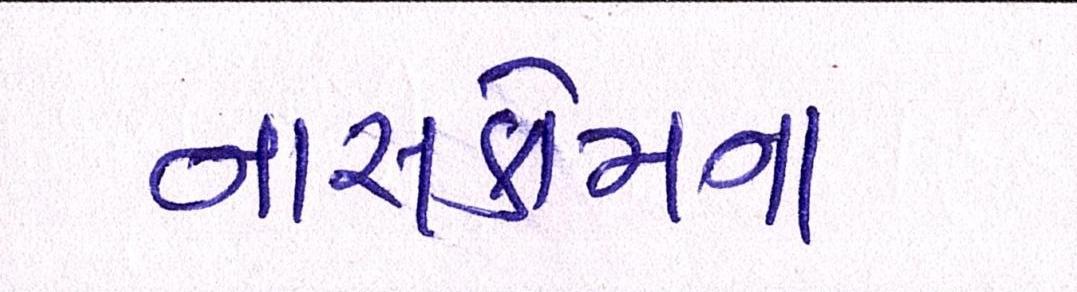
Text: નાસકોમના